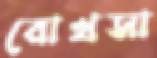
রোখসা